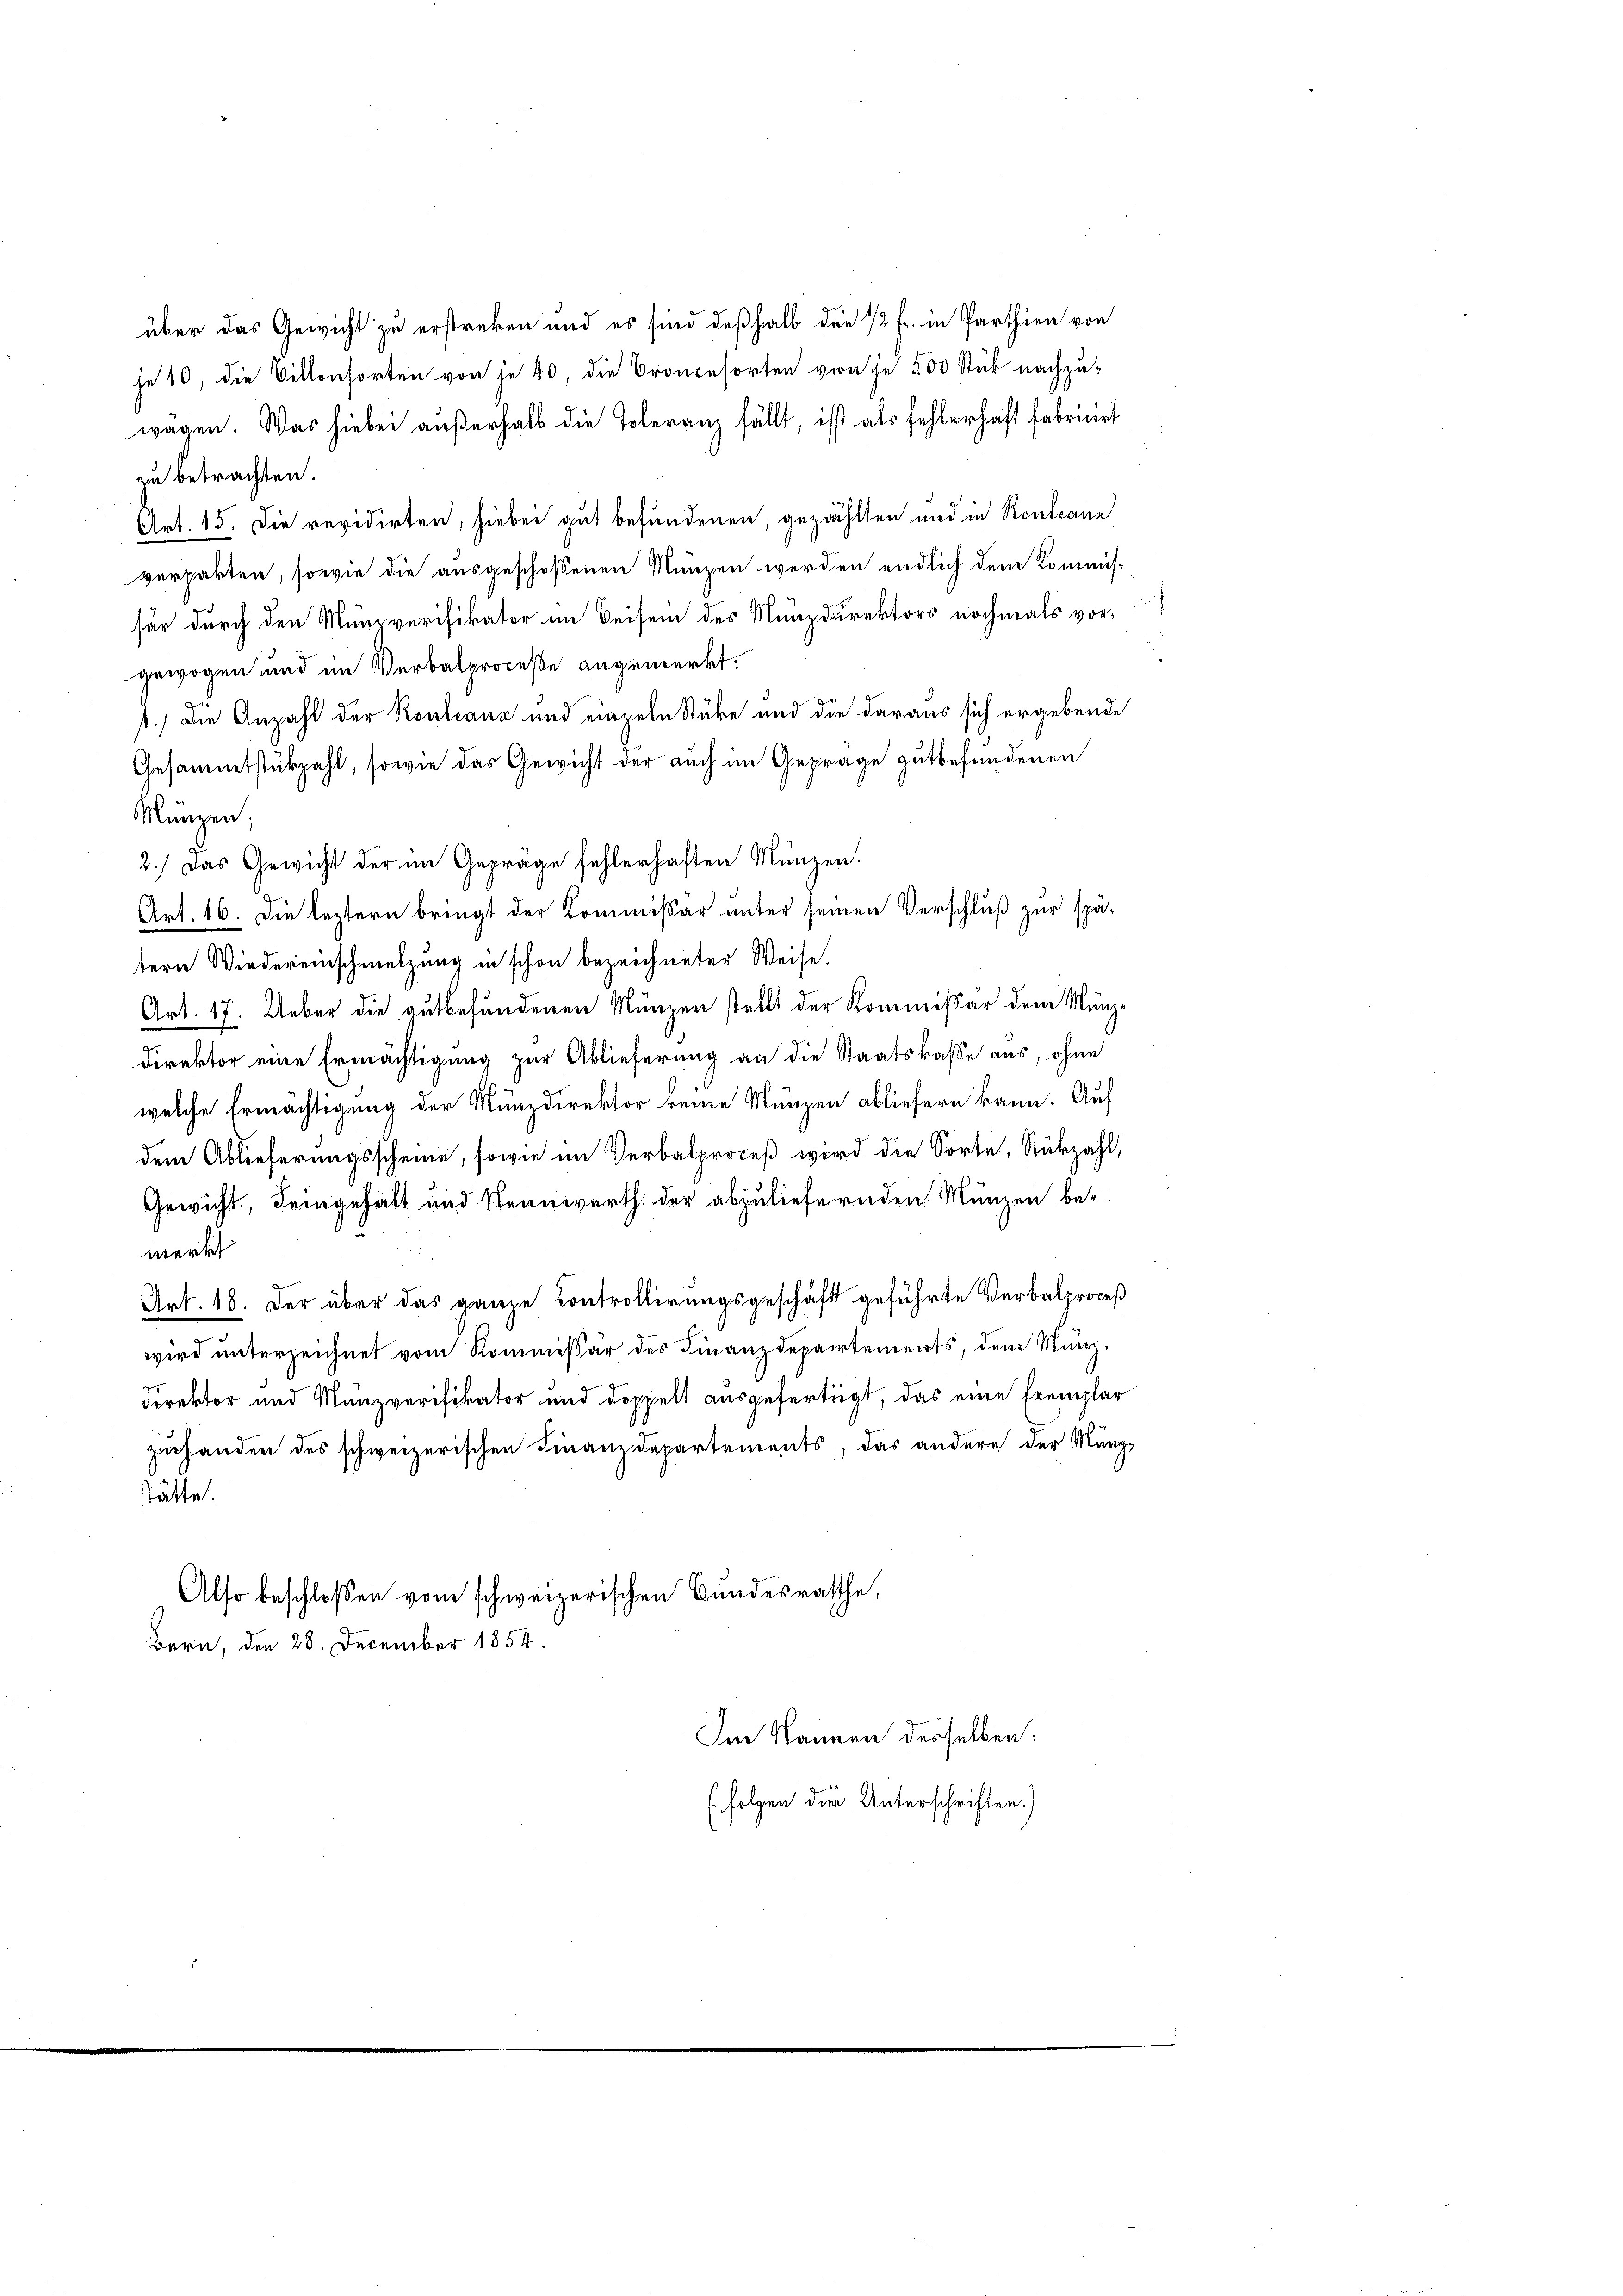
zu betrachten.
Art. 15. Die revidirten, hiebei gut befundenen, gezählten und in Rontann
verpakten, sowie die ausgeschossenen Münzen werden endlich dem Kommis-
für durch den Münzverifikator im Reisen des Münzdirektors nochmals vorgewogen und im Verbalproceße angemerkt.
1.) Die Anzahl der Routeanz und einzeln Stücke und die daraus sich ergebende
Gesammtstükzahl, sowie das Gewicht der auch im Gepräge gutbefundenen
Münzen;
2.) Das Gewicht der im Gepräge fehlerhaften Münzen.
Art. 16. Die leztern bringt der Kommissär unter seinen Verschluß zur spätern Wiedereinschmelzung in schon bezeichneter Weise.
Art. 17. Ueber die gutbefundenen Münzen stellt der Kommissär dem Munz¬
Direktor eine Ermächtigung zur Ablieferung an die Staatskasse aus, ohne
welche Ermächtigung der Münzdirektor keine Mänzen abliefern kann. Auf
dem Ablieferungsscheine, sowie im Verbalproceß wird die Sorte, Stükzahl,
Gewicht, dringehalt und Rennwerth der abzuliefernden Münzen bemerkt
Art. 18. Der über das ganze Controllirungsgeschäft geführte Verbalproceß
wird unterzeichnet vom Kommissär des Finanzdepartements, dem Münz¬
Direktor und Münzverifikator und doppelt ausgefertigt, das eine Exemplar
zuhanden des schweizerischen Finanzdepartements, das andere der Münz-
tätte.
Also beschloßen vom schweizerischen Bundesrathe,
Bern, den 28. December 1854.
Im Namen desselben:
Folgen die Unterschriften.)

über das Gewicht zu erstreken und es sind deßhalb den 12 Fr. in Parthien von
je 10, die Villonsorten von je 40, die Croncesorten von je 200 Stück nachzu-
wagen. Was hiebei außerhalb die Toleranz fällt, ist als fehlerhaft fabricirt